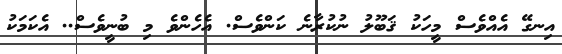
އިނގޭ އެއްވެސް މީހަކު ޤަބޫލު ނުކުރާނެ ކަންވެސް. އެހެންވެ މި ބުނީވެސް.. އެކަމަކު